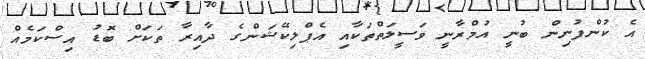
އެ ކުންފުނިން ބުނީ އުމްރާނީ ވަސީލަތްތަކާއި އެޕްލިކޭޝަންގެ ދާއިރާ ތަކަށް ބޮޑު އިސްކަމެއް